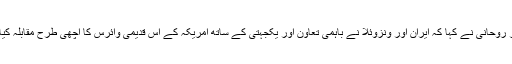
صدر روحانی نے کہا کہ ایران اور ونزوئلا نے باہمی تعاون اور یکجہتی کے ساتھ امریکہ کے اس قدیمی وائرس کا اچھی طرح مقابلہ کیا ہے۔